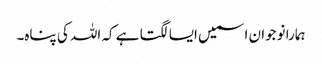
ہمارا نوجوان اسمیں ایسا لگتا ہے کہ اللہ کی پناہ۔